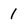
Character: 1